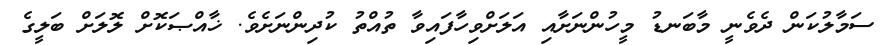
ސަމާލުކަން ދެވެނީ މާބަނޑު މީހުންނަށާއި އަލަށްވިހާފައިވާ ތުއްތު ކުދިންނަށެވެ. ޚާއްޞަކޮށް ލޮލަށް ބަލީގެ